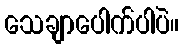
သေချာပေါက်ပါပဲ။